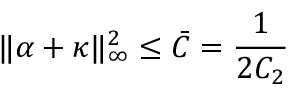
\| \alpha + \kappa \| _ { \infty } ^ { 2 } \leq \bar { C } = \frac { 1 } { 2 C _ { 2 } }